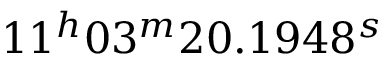
1 1 ^ { h } 0 3 ^ { m } 2 0 . 1 9 4 8 ^ { s }